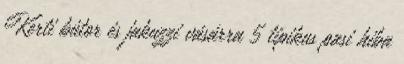
Kerti bútor és jakuzzi vásárra 5 tipikus pasi hiba